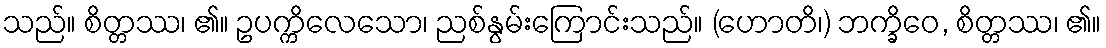
သည်။ စိတ္တဿ၊ ၏။ ဥပက္ကိလေသော၊ ညစ်နွမ်းကြောင်းသည်။ (ဟောတိ၊) ဘက္ခိဝေ, စိတ္တဿ၊ ၏။